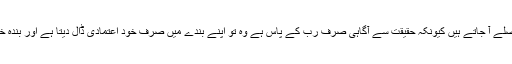
اکثر ایسا ہو جاتا ہے انسان کی توقع کے برخلاف فیصلے آ جاتے ہیں کیونکہ حقیقت سے آگاہی صرف رب کے پاس ہے وہ تو اپنے بندے میں صرف خود اعتمادی ڈال دیتا ہے اور بندہ خود کو افلاطون جیسا عقل مند تصور کرنے لگتا ہے۔